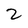
Character: 2